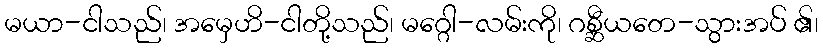
မယာ-ငါသည်၊ အမှေဟိ-ငါတို့သည်၊ မဂ္ဂေါ-လမ်းကို၊ ဂစ္ဆီယတေ-သွားအပ် ၏၊